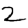
Digit: 2